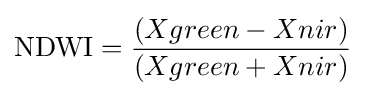
{\mbox{NDWI}}={\frac {(Xgreen-Xnir)}{(Xgreen+Xnir)}}